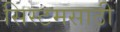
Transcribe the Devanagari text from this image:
सिस्टमसाठी